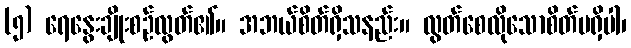
(၅) ရေနွေးချိုးစဉ်လွတ်၏။ အဘယ်စိတ်ရှိသနည်း။ လွတ်စေလိုသောစိတ်မရှိပါ၊